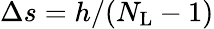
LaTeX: \Delta s=h/(N_{\mathrm{L}}-1)